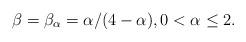
LaTeX: \begin{align*}\beta=\beta_{\alpha}=\alpha/(4-\alpha),0< \alpha\leq2.\end{align*}